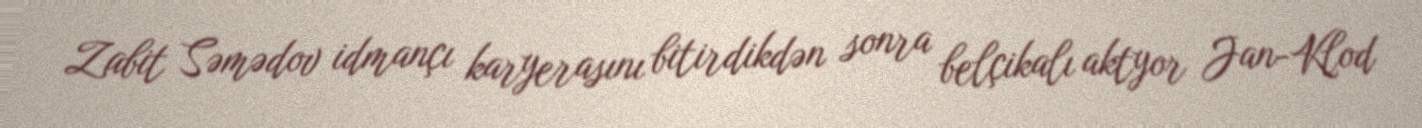
Zabit Səmədov idmançı karyerasını bitirdikdən sonra belçikalı aktyor Jan-Klod